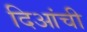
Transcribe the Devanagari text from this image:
दिआंची